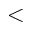
<